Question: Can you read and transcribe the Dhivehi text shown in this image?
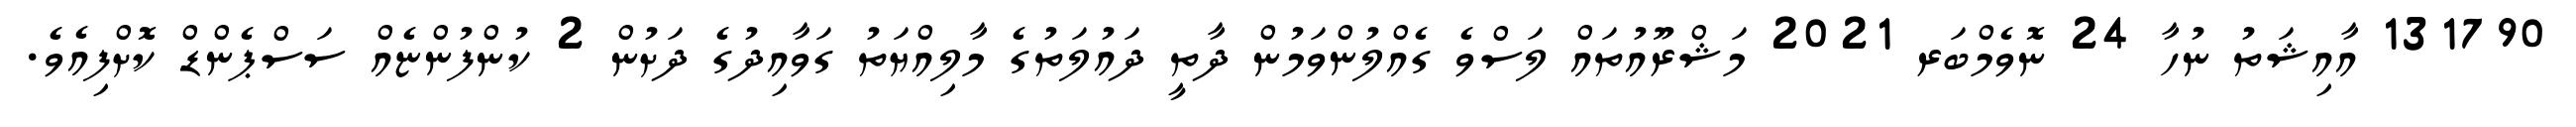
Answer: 131790 އާއިޝަތު ނުހާ 24 ނޮވެމްބަރ 2021 މަޝްރޫއުތައް ލަސްވެ ގެއްލުންވަމުން ދާތީ ދައުލަތުގެ މާލިއްޔަތު ގަވާއިދުގެ ދަށުން 2 ކުންފުންޏެއް ސަސްޕެންޑް ކޮށްފިއެވެ.